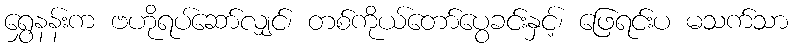
ရွှေနန်းက ဗဟိုရပ်ဆော်လျှင်၊ တစ်ကိုယ်တော်ပွေခင်းနှင့်၊ ဖြေရင်းပ မသက်သာ